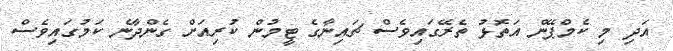
އަދި މި ކެމްޕޭން އަތޮޅު ތެރޭގައިވެސް ޗައިނާގެ ޓީމުން ކުރިއަށް ގެންދާނެ ކަމުގައިވެސް